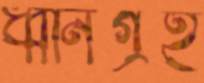
ধ্বনিগ্রহ